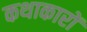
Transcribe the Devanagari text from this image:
कथाकारों